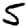
Digit: 5